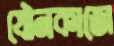
যৌনকাজে